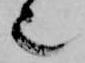
也